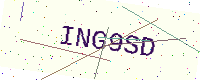
Text: ING9SD